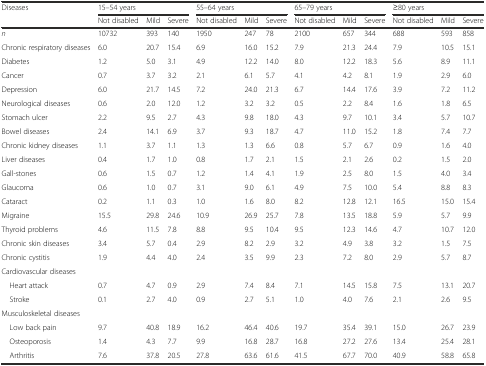
<table><thead><tr><td rowspan="2"><b>Diseases</b></td><td colspan="3"><b>15–54 years</b></td><td colspan="3"><b>55–64 years</b></td><td colspan="3"><b>65–79 years</b></td><td colspan="3"><b>≥80 years</b></td></tr><tr><td><b>Not disabled</b></td><td><b>Mild</b></td><td><b>Severe</b></td><td><b>Not disabled</b></td><td><b>Mild</b></td><td><b>Severe</b></td><td><b>Not disabled</b></td><td><b>Mild</b></td><td><b>Severe</b></td><td><b>Not disabled</b></td><td><b>Mild</b></td><td><b>Severe</b></td></tr></thead><tbody><tr><td><i>n</i></td><td>10732</td><td>393</td><td>140</td><td>1950</td><td>247</td><td>78</td><td>2100</td><td>657</td><td>344</td><td>688</td><td>593</td><td>858</td></tr><tr><td>Chronic respiratory diseases</td><td>6.0</td><td>20.7</td><td>15.4</td><td>6.9</td><td>16.0</td><td>15.2</td><td>7.9</td><td>21.3</td><td>24.4</td><td>7.9</td><td>10.5</td><td>15.1</td></tr><tr><td>Diabetes</td><td>1.2</td><td>5.0</td><td>3.1</td><td>4.9</td><td>12.2</td><td>14.0</td><td>8.0</td><td>12.2</td><td>18.3</td><td>5.6</td><td>8.9</td><td>11.1</td></tr><tr><td>Cancer</td><td>0.7</td><td>3.7</td><td>3.2</td><td>2.1</td><td>6.1</td><td>5.7</td><td>4.1</td><td>4.2</td><td>8.1</td><td>1.9</td><td>2.9</td><td>6.0</td></tr><tr><td>Depression</td><td>6.0</td><td>21.7</td><td>14.5</td><td>7.2</td><td>24.0</td><td>21.3</td><td>6.7</td><td>14.4</td><td>17.6</td><td>3.9</td><td>7.2</td><td>11.2</td></tr><tr><td>Neurological diseases</td><td>0.6</td><td>2.0</td><td>12.0</td><td>1.2</td><td>3.2</td><td>3.2</td><td>0.5</td><td>2.2</td><td>8.4</td><td>1.6</td><td>1.8</td><td>6.5</td></tr><tr><td>Stomach ulcer</td><td>2.2</td><td>9.5</td><td>2.7</td><td>4.3</td><td>9.8</td><td>18.0</td><td>4.3</td><td>9.7</td><td>10.1</td><td>3.4</td><td>5.7</td><td>10.7</td></tr><tr><td>Bowel diseases</td><td>2.4</td><td>14.1</td><td>6.9</td><td>3.7</td><td>9.3</td><td>18.7</td><td>4.7</td><td>11.0</td><td>15.2</td><td>1.8</td><td>7.4</td><td>7.7</td></tr><tr><td>Chronic kidney diseases</td><td>1.1</td><td>3.7</td><td>1.1</td><td>1.3</td><td>1.3</td><td>6.6</td><td>0.8</td><td>5.7</td><td>6.7</td><td>0.9</td><td>1.6</td><td>4.0</td></tr><tr><td>Liver diseases</td><td>0.4</td><td>1.7</td><td>1.0</td><td>0.8</td><td>1.7</td><td>2.1</td><td>1.5</td><td>2.1</td><td>2.6</td><td>0.2</td><td>1.5</td><td>2.0</td></tr><tr><td>Gall-stones</td><td>0.6</td><td>1.5</td><td>0.7</td><td>1.2</td><td>1.4</td><td>4.1</td><td>1.9</td><td>2.5</td><td>8.0</td><td>1.5</td><td>4.0</td><td>3.4</td></tr><tr><td>Glaucoma</td><td>0.6</td><td>1.0</td><td>0.7</td><td>3.1</td><td>9.0</td><td>6.1</td><td>4.9</td><td>7.5</td><td>10.0</td><td>5.4</td><td>8.8</td><td>8.3</td></tr><tr><td>Cataract</td><td>0.2</td><td>1.1</td><td>0.3</td><td>1.0</td><td>1.6</td><td>8.0</td><td>8.2</td><td>12.8</td><td>12.1</td><td>16.5</td><td>15.0</td><td>15.4</td></tr><tr><td>Migraine</td><td>15.5</td><td>29.8</td><td>24.6</td><td>10.9</td><td>26.9</td><td>25.7</td><td>7.8</td><td>13.5</td><td>18.8</td><td>5.9</td><td>5.7</td><td>9.9</td></tr><tr><td>Thyroid problems</td><td>4.6</td><td>11.5</td><td>7.8</td><td>8.8</td><td>9.5</td><td>10.4</td><td>9.5</td><td>12.3</td><td>14.6</td><td>4.7</td><td>10.7</td><td>12.0</td></tr><tr><td>Chronic skin diseases</td><td>3.4</td><td>5.7</td><td>0.4</td><td>2.9</td><td>8.2</td><td>2.9</td><td>3.2</td><td>4.9</td><td>3.8</td><td>3.2</td><td>1.5</td><td>7.5</td></tr><tr><td>Chronic cystitis</td><td>1.9</td><td>4.4</td><td>4.0</td><td>2.4</td><td>3.5</td><td>9.9</td><td>2.3</td><td>7.2</td><td>8.0</td><td>2.9</td><td>5.7</td><td>8.7</td></tr><tr><td>Cardiovascular diseases</td><td></td><td></td><td></td><td></td><td></td><td></td><td></td><td></td><td></td><td></td><td></td><td></td></tr><tr><td> Heart attack</td><td>0.7</td><td>4.7</td><td>0.9</td><td>2.9</td><td>7.4</td><td>8.4</td><td>7.1</td><td>14.5</td><td>15.8</td><td>7.5</td><td>13.1</td><td>20.7</td></tr><tr><td> Stroke</td><td>0.1</td><td>2.7</td><td>4.0</td><td>0.9</td><td>2.7</td><td>5.1</td><td>1.0</td><td>4.0</td><td>7.6</td><td>2.1</td><td>2.6</td><td>9.5</td></tr><tr><td>Musculoskeletal diseases</td><td></td><td></td><td></td><td></td><td></td><td></td><td></td><td></td><td></td><td></td><td></td><td></td></tr><tr><td> Low back pain</td><td>9.7</td><td>40.8</td><td>18.9</td><td>16.2</td><td>46.4</td><td>40.6</td><td>19.7</td><td>35.4</td><td>39.1</td><td>15.0</td><td>26.7</td><td>23.9</td></tr><tr><td> Osteoporosis</td><td>1.4</td><td>4.3</td><td>7.7</td><td>9.9</td><td>16.8</td><td>28.7</td><td>16.8</td><td>27.2</td><td>27.6</td><td>13.4</td><td>25.4</td><td>28.1</td></tr><tr><td> Arthritis</td><td>7.6</td><td>37.8</td><td>20.5</td><td>27.8</td><td>63.6</td><td>61.6</td><td>41.5</td><td>67.7</td><td>70.0</td><td>40.9</td><td>58.8</td><td>65.8</td></tr></tbody></table>